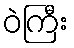
ဝဲကြီး